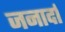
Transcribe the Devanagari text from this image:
जनार्दा